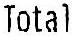
TOTAL